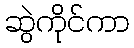
ဆွဲကိုင်ကာ